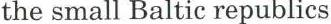
the small Baltic republics